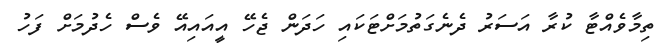
ތިމާވެއްޓާ ކުރާ އަސަރު ދެނެގަތުމަށްޓަކައި ހަދަން ޖެހޭ އީއައިއޭ ވެސް ހެދުމަށް ފަހު